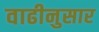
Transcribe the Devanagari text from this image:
वाढीनुसार